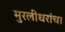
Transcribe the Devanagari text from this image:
मुरलीधरांचा